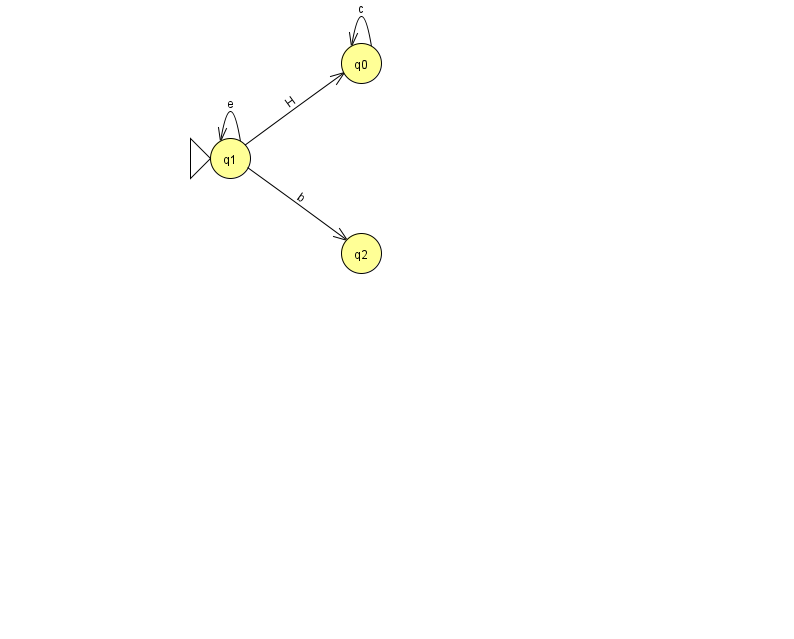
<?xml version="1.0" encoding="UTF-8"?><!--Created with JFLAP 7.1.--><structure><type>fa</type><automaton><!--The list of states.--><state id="0" name="q0"><x>361.0</x><y>50.0</y></state><state id="1" name="q1"><x>230.0</x><y>145.0</y><initial/></state><state id="2" name="q2"><x>361.0</x><y>240.0</y></state><!--The list of transitions.--><transition><from>0</from><to>0</to><read>c</read></transition><transition><from>1</from><to>1</to><read>e</read></transition><transition><from>1</from><to>2</to><read>b</read></transition><transition><from>1</from><to>0</to><read>H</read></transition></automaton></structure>